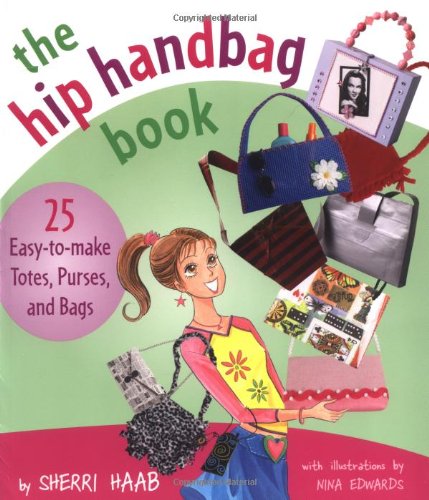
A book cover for The Hip Handbag Book: "25 Easy-to-Make Totes, Purses, and Bags"; Sherri Haab; Teen & Young Adult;